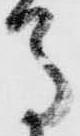
馬